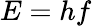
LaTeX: E=hf